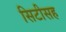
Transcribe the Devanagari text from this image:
सिटीसह